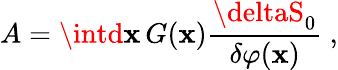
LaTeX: A=\intd\mathbf{x}\, G(\mathbf{x})\frac{{\deltaS_{0}}}{{\delta\varphi(\mathbf{x})}}\ ,